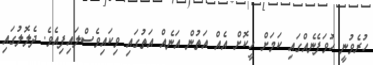
ހުރެވުނީ ހުވަފެނެއްގައި ކަމަށް ހީކޮށް އެއް އަތުން އަނެއް އަތުގައި ވިކައިވެސްލައިފިއެވެ. ދެލޮލުގައި